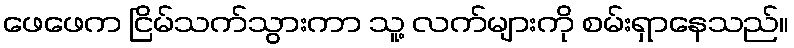
ဖေဖေက ငြိမ်သက်သွားကာ သူ့ လက်များကို စမ်းရှာနေသည်။